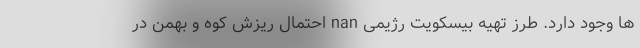
ها وجود دارد. طرز تهیه بیسکویت رژیمی nan احتمال ریزش کوه و بهمن در